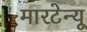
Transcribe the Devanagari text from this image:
मारटेन्यू